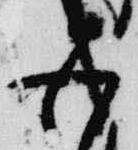
五